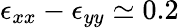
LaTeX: \epsilon_{xx}-\epsilon_{yy}\simeq 0.2\